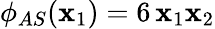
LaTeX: \phi_{AS}(\mathbf{x}_{1})=6\, \mathbf{x}_{1}\mathbf{x}_{2}